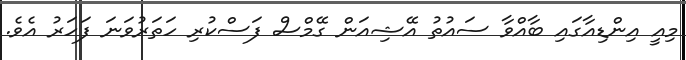
މިއީ އިންޑިއާގައި ބާއްވާ ސައުތު އޭޝިއަން ގޭމްސް ފަސްކުރި ހަތަރުވަނަ ފަހަރު އެވެ.